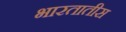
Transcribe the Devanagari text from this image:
भारतातीस